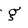
Character: g